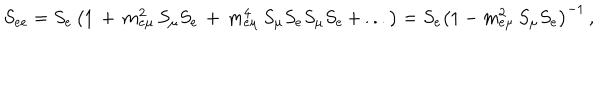
S _ { e e } = S _ { e } \left( 1 \, + \, m _ { e \mu } ^ { 2 } \, S _ { \mu } S _ { e } \, + \, m _ { e \mu } ^ { 4 } \, S _ { \mu } S _ { e } S _ { \mu } S _ { e } \, + \, . . . \right) = S _ { e } \left( 1 - m _ { e \mu } ^ { 2 } \, S _ { \mu } S _ { e } \right) ^ { - 1 } \, ,